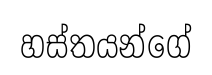
හස්තයන්ගේ